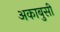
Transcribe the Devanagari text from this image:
अकाबुसी